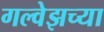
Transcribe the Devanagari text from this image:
गल्वेझच्या